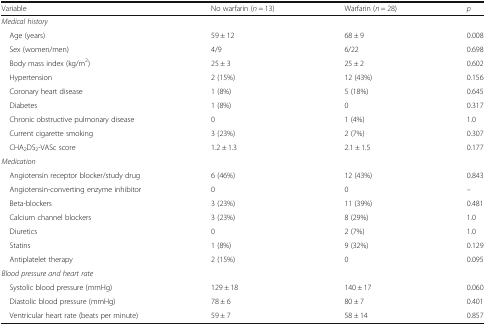
<table><thead><tr><td><b>Variable</b></td><td><b>No warfarin (<i>n</i> = 13)</b></td><td><b>Warfarin (<i>n</i> = 28)</b></td><td><b><i>p</i></b></td></tr></thead><tbody><tr><td colspan="4"><i>Medical history</i></td></tr><tr><td> Age (years)</td><td>59 ± 12</td><td>68 ± 9</td><td>0.008</td></tr><tr><td> Sex (women/men)</td><td>4/9</td><td>6/22</td><td>0.698</td></tr><tr><td> Body mass index (kg/m<sup>2</sup>)</td><td>25 ± 3</td><td>25 ± 2</td><td>0.602</td></tr><tr><td> Hypertension</td><td>2 (15%)</td><td>12 (43%)</td><td>0.156</td></tr><tr><td> Coronary heart disease</td><td>1 (8%)</td><td>5 (18%)</td><td>0.645</td></tr><tr><td> Diabetes</td><td>1 (8%)</td><td>0</td><td>0.317</td></tr><tr><td> Chronic obstructive pulmonary disease</td><td>0</td><td>1 (4%)</td><td>1.0</td></tr><tr><td> Current cigarette smoking</td><td>3 (23%)</td><td>2 (7%)</td><td>0.307</td></tr><tr><td> CHA<sub>2</sub>DS<sub>2</sub>-VASc score</td><td>1.2 ± 1.3</td><td>2.1 ± 1.5</td><td>0.177</td></tr><tr><td colspan="4"><i>Medication</i></td></tr><tr><td> Angiotensin receptor blocker/study drug</td><td>6 (46%)</td><td>12 (43%)</td><td>0.843</td></tr><tr><td> Angiotensin-converting enzyme inhibitor</td><td>0</td><td>0</td><td>–</td></tr><tr><td> Beta-blockers</td><td>3 (23%)</td><td>11 (39%)</td><td>0.481</td></tr><tr><td> Calcium channel blockers</td><td>3 (23%)</td><td>8 (29%)</td><td>1.0</td></tr><tr><td> Diuretics</td><td>0</td><td>2 (7%)</td><td>1.0</td></tr><tr><td> Statins</td><td>1 (8%)</td><td>9 (32%)</td><td>0.129</td></tr><tr><td> Antiplatelet therapy</td><td>2 (15%)</td><td>0</td><td>0.095</td></tr><tr><td colspan="4"><i>Blood pressure and heart rate</i></td></tr><tr><td> Systolic blood pressure (mmHg)</td><td>129 ± 18</td><td>140 ± 17</td><td>0.060</td></tr><tr><td> Diastolic blood pressure (mmHg)</td><td>78 ± 6</td><td>80 ± 7</td><td>0.401</td></tr><tr><td> Ventricular heart rate (beats per minute)</td><td>59 ± 7</td><td>58 ± 14</td><td>0.857</td></tr></tbody></table>